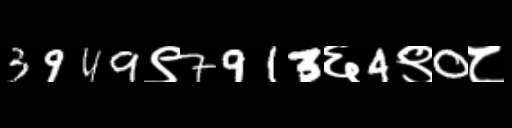
Text: 3949९7913६4९0८